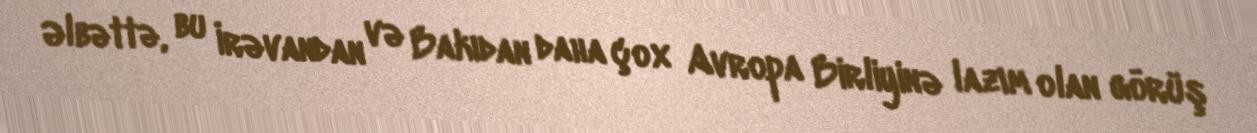
Əlbəttə, bu İrəvandan və Bakıdan daha çox Avropa Birliyinə lazım olan görüş